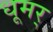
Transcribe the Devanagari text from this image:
धूमर्